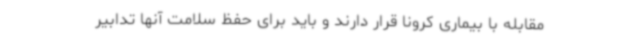
مقابله با بیماری کرونا قرار دارند و باید برای حفظ سلامت آنها تدابیر